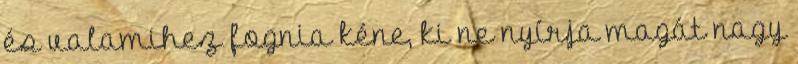
és valamihez fognia kéne, ki ne nyírja magát nagy